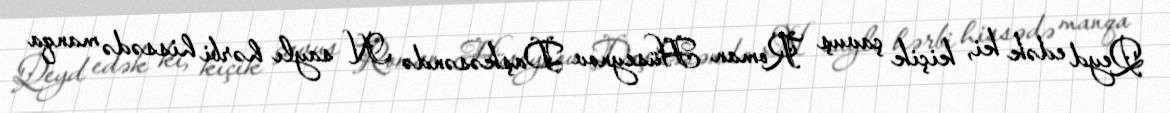
Qeyd edək ki, kiçik çavuş Roman Hüseynov Daşkəsəndə N saylı hərbi hissədə manqa